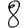
Digit: 8